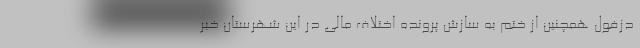
دزفول همچنین از ختم به سازش پرونده اختلاف مالی در این شهرستان خبر